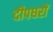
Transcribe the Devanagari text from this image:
दीपघरों